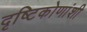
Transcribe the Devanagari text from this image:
दृष्टिकोणांशी